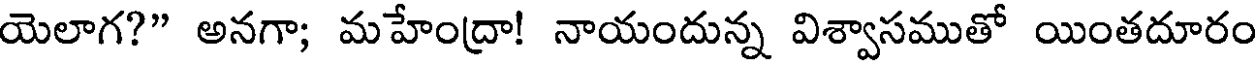
యెలాగ?" అనగా; మహేంద్రా! నాయందున్న విశ్వాసముతో యింతదూరం